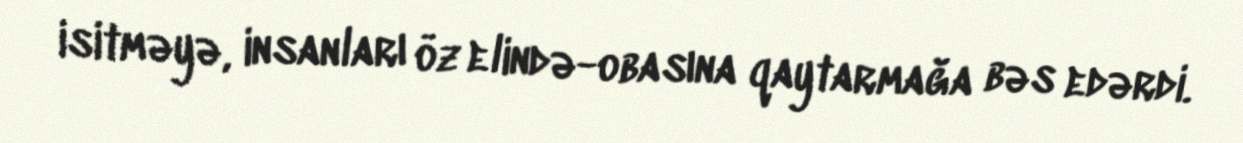
isitməyə, insanları öz elində-obasına qaytarmağa bəs edərdi.